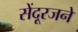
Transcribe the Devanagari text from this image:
सेंदूरजने